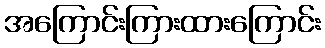
အကြောင်းကြားထားကြောင်း